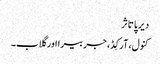
دیرپا تاثر
کنول، آرکِڈ، جربیرا اور گلاب۔